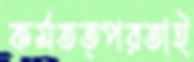
কর্মতত্পরতাই